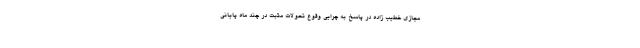
مجازی خطیب زاده در پاسخ به چرایی وقوع تحولات مثبت در چند ماه پایانی